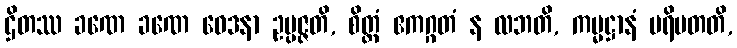
ဌိတဿ ခဏေ ခဏေ ဝေဒနာ ဥပ္ပဇ္ဇတိ, စိတ္တံ ဧကဂ္ဂတံ န လဘတိ, ကမ္မဋ္ဌာနံ ပရိပတတိ,